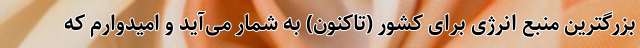
بزرگترین منبع انرژی برای کشور (تاکنون) به شمار می‌آید و امیدوارم که